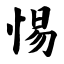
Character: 惕